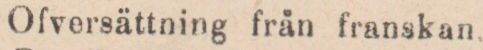
Ofversättning från franskan